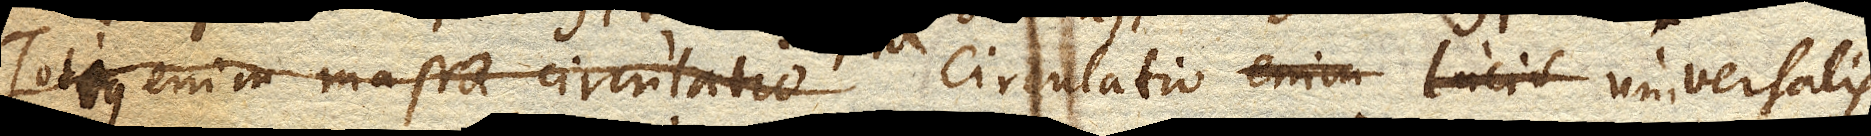
Totius enim massae circulatio Circulatio enim Lucis universalis